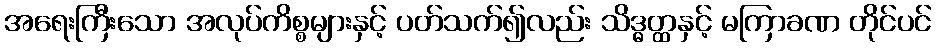
အရေးကြီးသော အလုပ်ကိစ္စများနှင့် ပတ်သက်၍လည်း သိဒ္ဓတ္ထနှင့် မကြာခဏ တိုင်ပင်